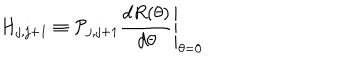
H _ { j , j + 1 } \equiv { \cal P } _ { j , j + 1 } \left. \frac { d R ( \theta ) } { d \theta } \right| _ { \theta = 0 } \nonumber